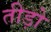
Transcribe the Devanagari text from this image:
तीड़ो